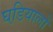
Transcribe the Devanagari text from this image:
घडि़यालों